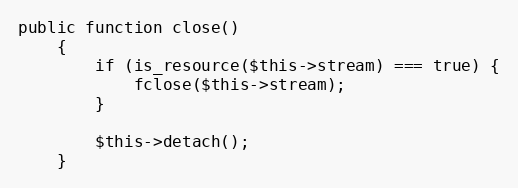
Language: PHP
public function close()
    {
        if (is_resource($this->stream) === true) {
            fclose($this->stream);
        }

        $this->detach();
    }